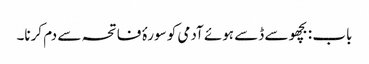
باب : بچھو سے ڈسے ہوئے آدمی کو سورۂ فاتحہ سے دم کرنا۔